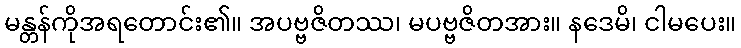
မန္တန်ကိုအရတောင်း၏။ အပဗ္ဗဇိတဿ၊ မပဗ္ဗဇိတအား။ နဒေမိ၊ ငါမပေး။